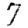
Digit: 7